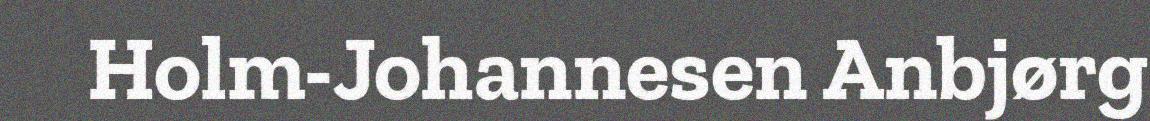
Holm-Johannesen Anbjørg